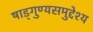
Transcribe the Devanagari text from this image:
षाड्गुण्यसमुद्देश्य